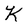
Character: K